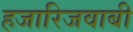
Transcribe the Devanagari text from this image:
हजारिजवाबी